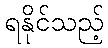
ရနိုင်သည့်